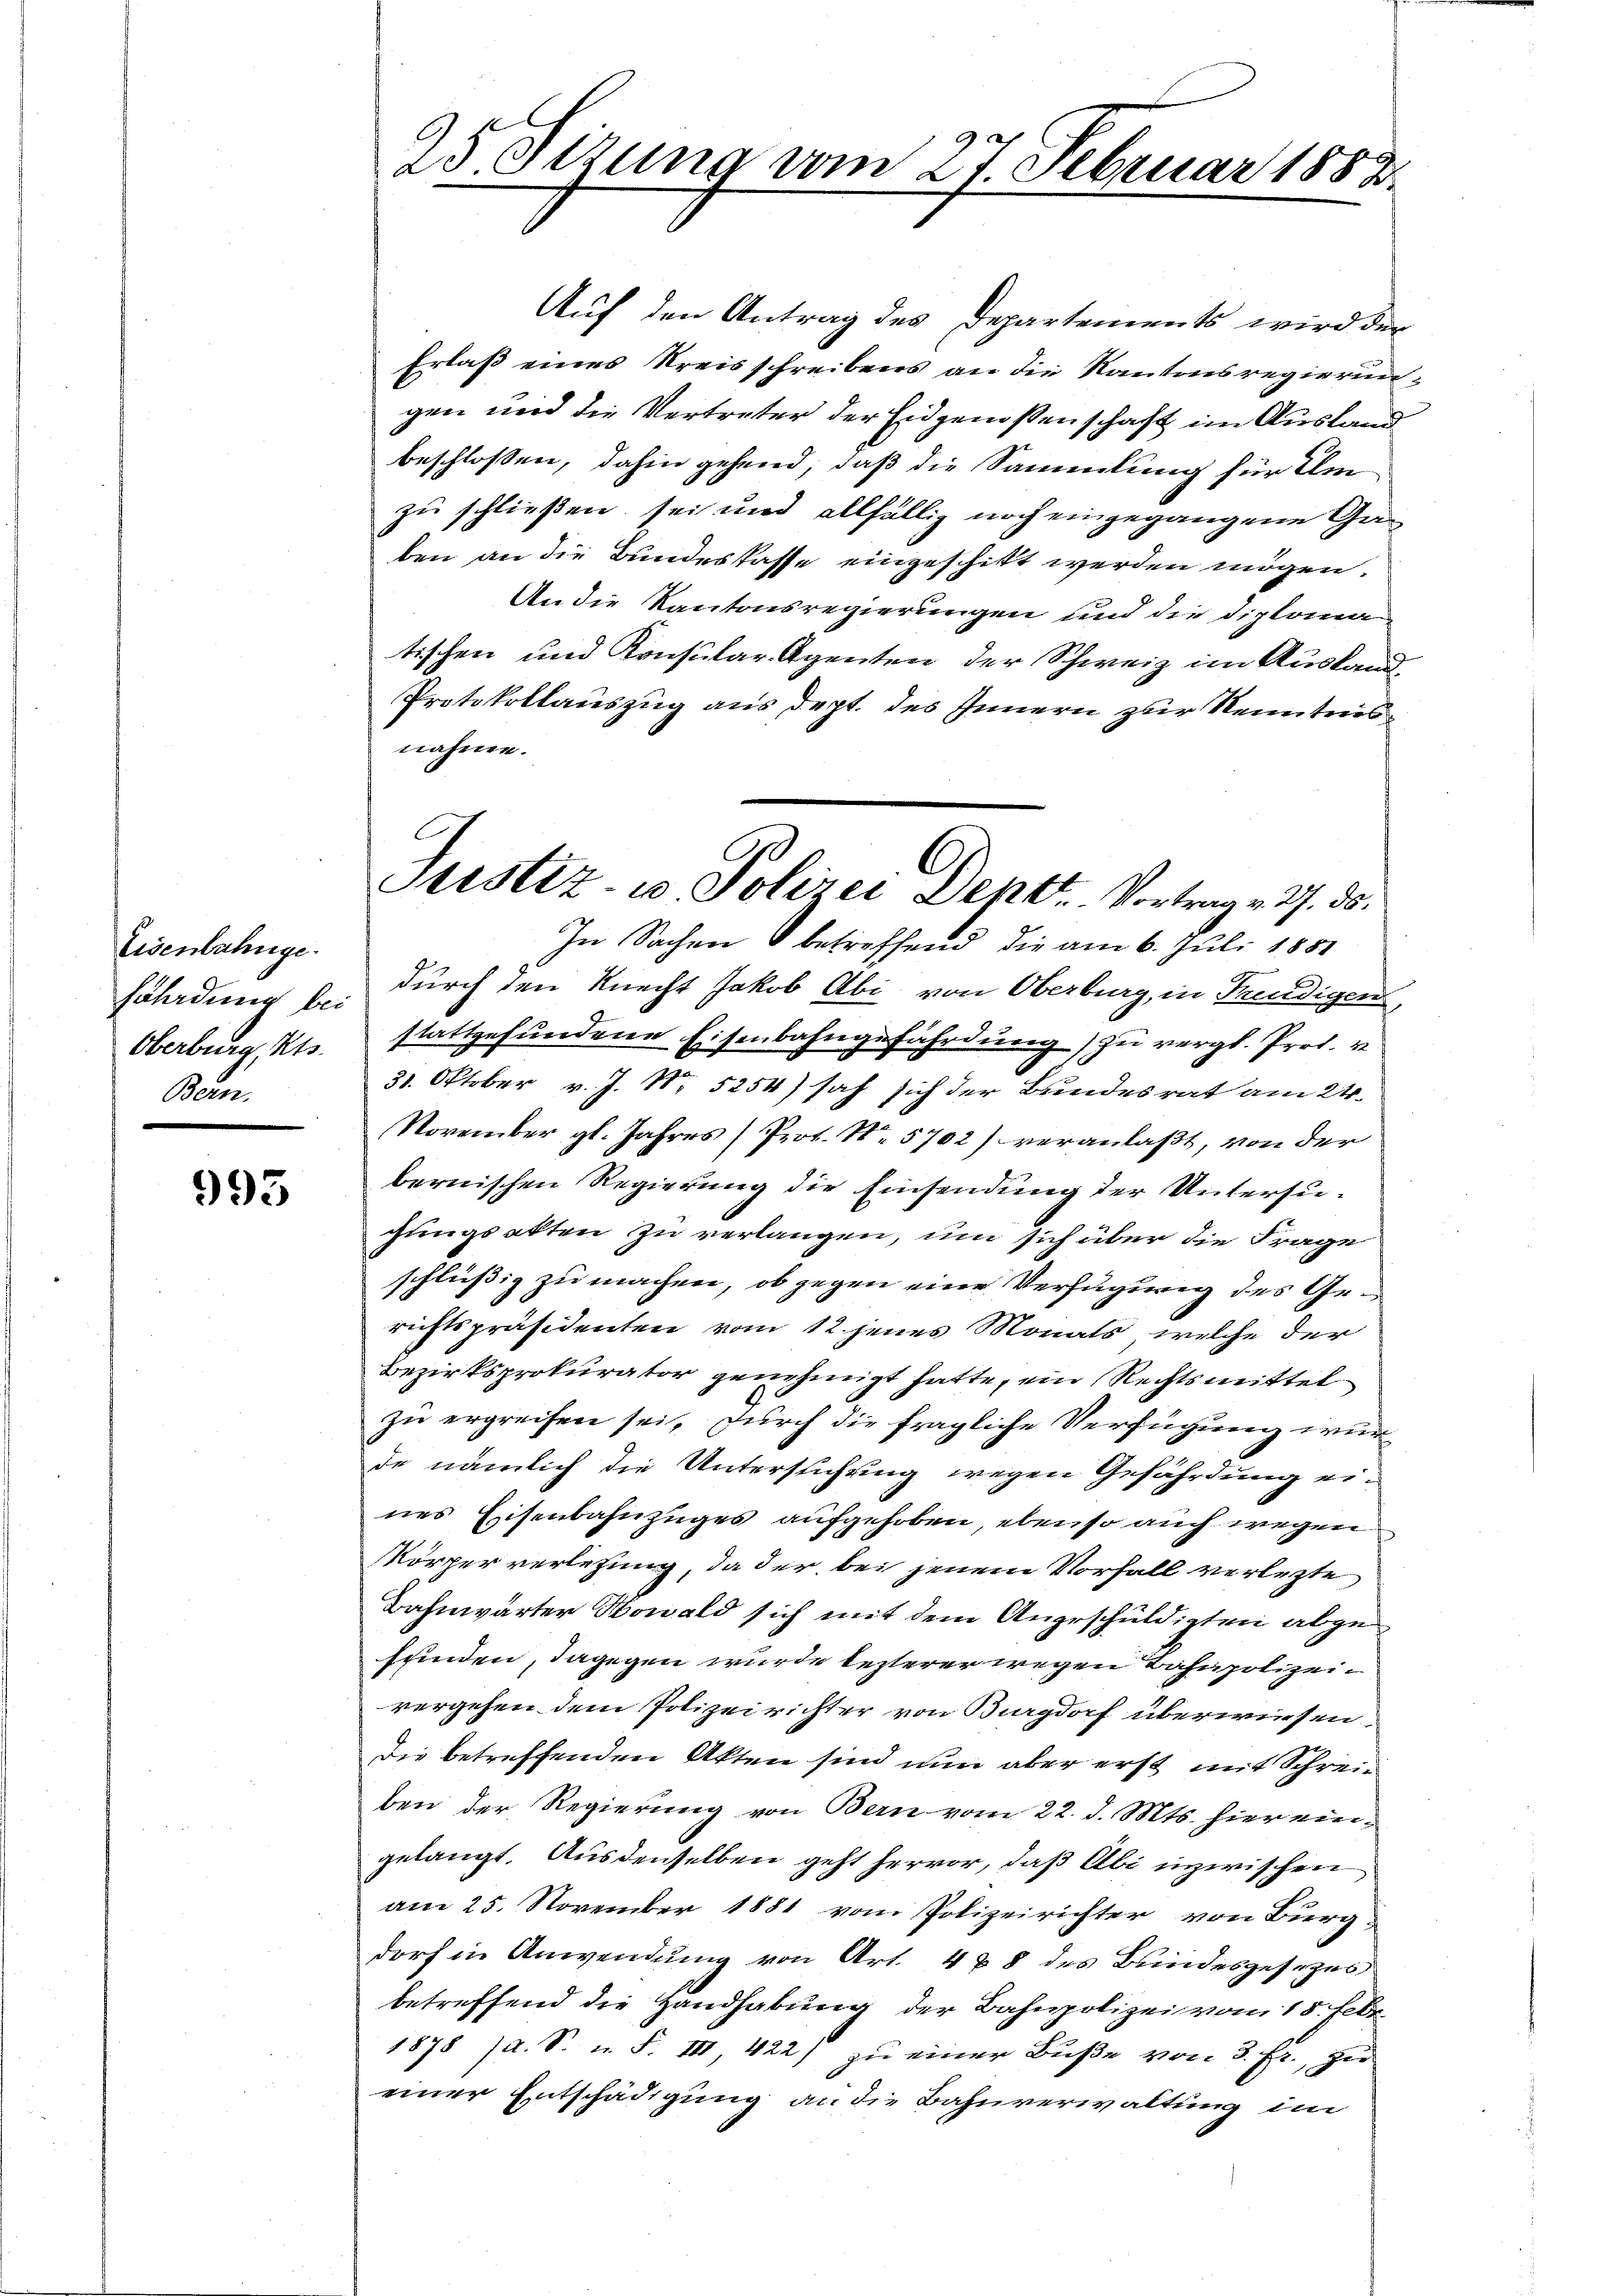
Eisenbahnge
sohrdung bei
Oberburg, Kts.
Bern.

993

25 Stzung vom 27 Februar 1888

Auf den Antrag des Departements wird der
Erlaß eines Kreisschreibens an die Kantonsregierungen und die Vertreter der Eidgenoßenschaft im Ausland
beschlossen, dahin gehend, daß die Sammlung für Um
zu schließen sei und allfällig noch eingegangene Geben an die Bundeskasse eingeschitt werden mögen.
An die Kantonsregierungen und die Diplomatischen und Konsular-Agenten der Schweiz im Ausland¬
Protokollauszug aus dept. des Innern zur Kenntnis
nähme.
In Sachen betreffend die am 6. Juli 1881
durch den Knecht Jakob Abi von Oberburg, in Freudigen,
stattgefundene Eisenbahngefährdung zu vergl. Prof. u
31. Oktober v. J. N. 5254) sah sich der Bundesrat am 24.
November gl. Jahres Prot. No. 5702) veranlaßt, von der
bernischen Regierung die Einsendung der Untersugungsakten zu verlangen, um sich über die Frage
schlüßig zu machen, ob gegen eine Verfügung des Gerichtspräsidenten vom 12 jenes Monats, welche der
Bezirksprokurator genehmigt hatte, ein Rechtsmittel
zu ergreifen sei, durch die fragliche Verfügung wurde nämlich die Untersuchung wegen Gefährdung eines Eisenbahnzuges aufgehoben, ebenso auch wegen
Körper verletzung, da der bei jenem Vorfall verletzte
Bahnwärter Nowald sich mit dem Angeschuldigten abgefunden, dagegen wurde lezterer wegen Bahnpolizeivergehen dem Polizeirichter von Burgdorf überwiesen.
Die betreffenden Akten sind nun aber erst mit Schreiben der Regierung von Bern vom 22. d. Mts. hier eingelangt. Ausdenselben geht hervor, daß Abi inzwischen
am 25. November 1881 vom Polizeirichter von Bürg
dorf in Anwendung von Art. 4 § 8 des Bundesgesezes
betreffend die Handhabung der Bahnpolizei vom 15. Febr.
1878 (a. S. u. F. III, 422) zu einer Buße von 3. fr., zu
einer Entschädigung an die Bahnverwaltung im

A
Justiz- u Polizei Deptt. Vortrag v. 3. ds.